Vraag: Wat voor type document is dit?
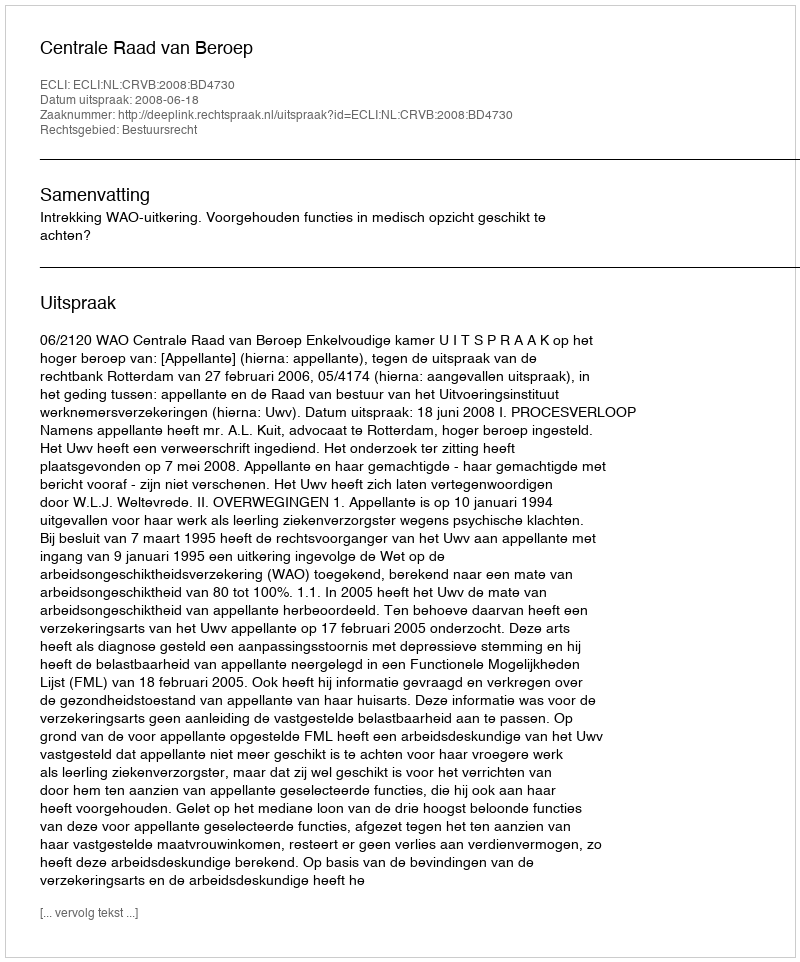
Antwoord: Uitspraak